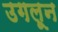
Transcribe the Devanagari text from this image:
उगलून